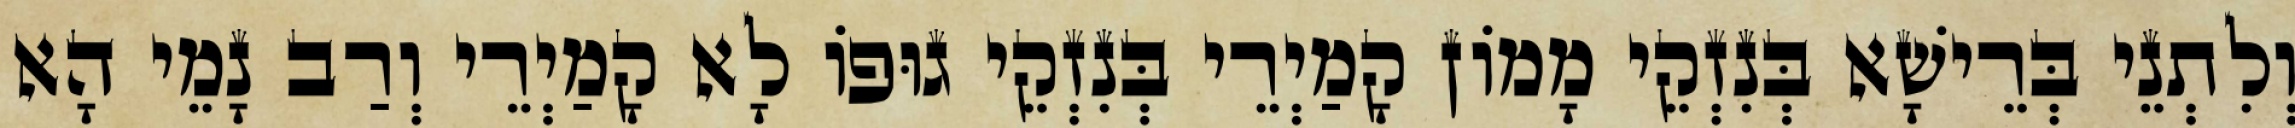
וְלִתְנֵי בְּרֵישָׁא בְּנִזְקֵי מָמוֹן קָמַיְרֵי בְּנִזְקֵי גוּפוֹ לָא קָמַיְרֵי וְרַב נָמֵי הָא